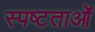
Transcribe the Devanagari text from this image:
स्पष्टताओं